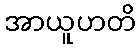
အာယူဟတိ